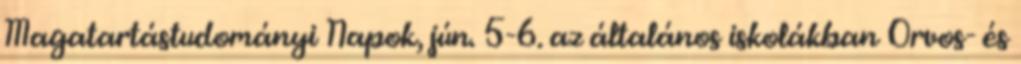
Magatartástudományi Napok, jún. 5-6. az általános iskolákban Orvos- és